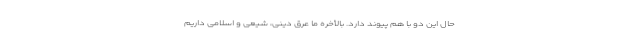
حال این دو با هم پیوند دارد. بالأخره ما عرق دینی، شیعی و اسلامی داریم